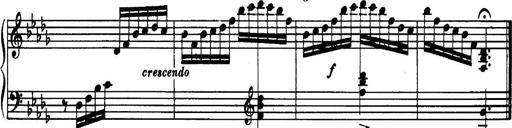
Title: 3 Sonatinas, Op.67
Composer: Jean Sibelius